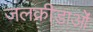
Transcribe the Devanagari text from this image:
जलक्रीडाओं